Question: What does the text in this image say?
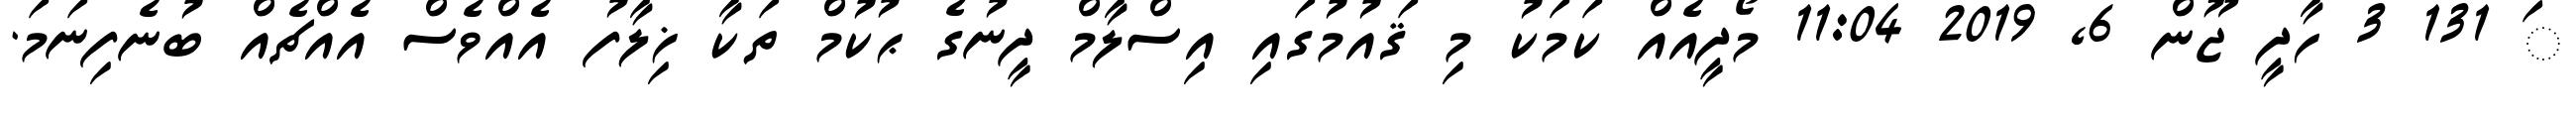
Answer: ަ 131 3 ހާދީ ޖޫން 6, 2019 11:04 މޯދީއެއް ކަމަކު މި ޤައުމުގައި އިސްލާމް ދީނުގެ ޙުކުމް ތަކާ ޚިލާފު އެއްވެސް އެއްޗެއް ބުނެފިނަމަ.